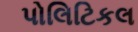
પોલિટિકલ